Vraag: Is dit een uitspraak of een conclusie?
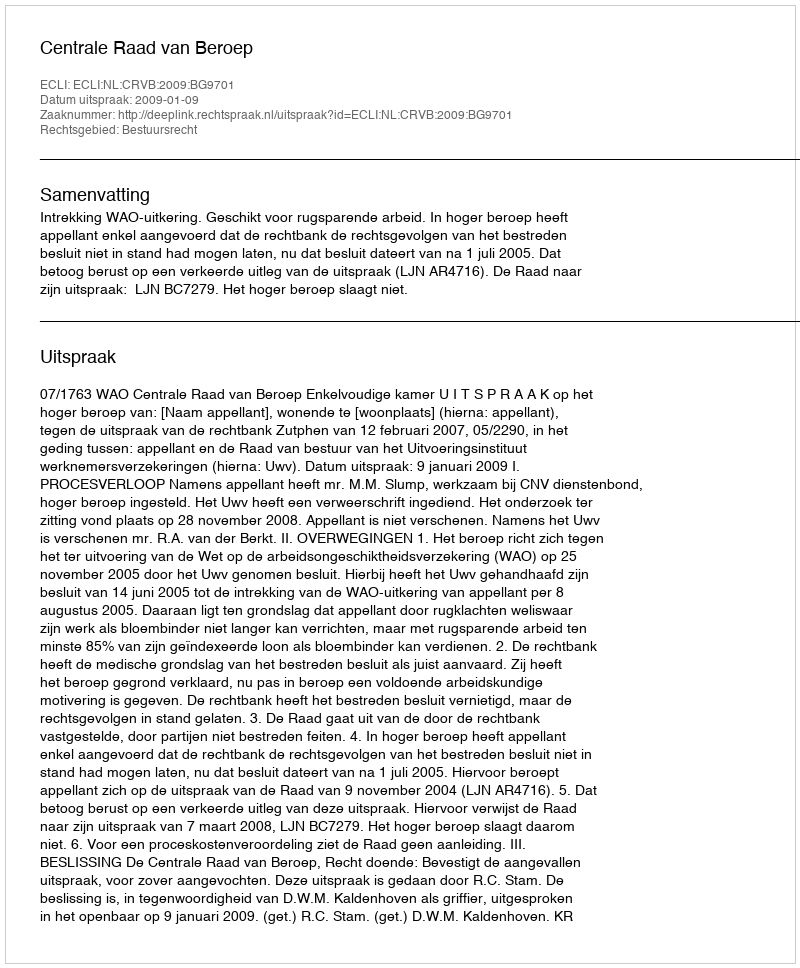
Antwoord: Uitspraak